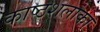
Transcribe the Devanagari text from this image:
काष्ठशलाका